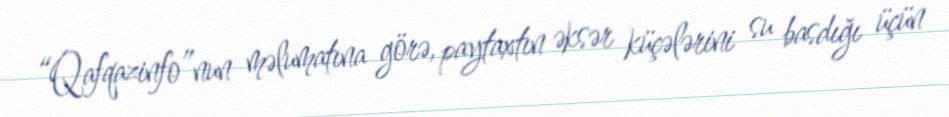
“Qafqazinfo”nun məlumatına görə, paytaxtın əksər küçələrini su basdığı üçün